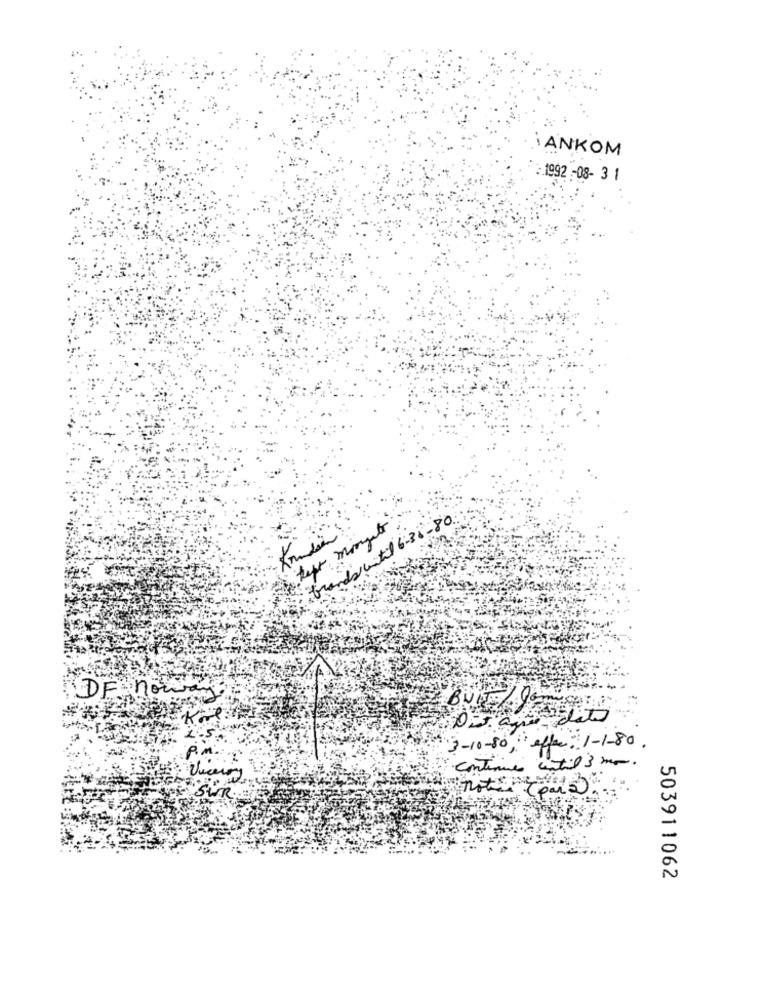
ANKOM
: 1992 -08- 3 1
Grandsuitil 6-36 -80
tepr mingle
DF noway
3-10-80, " affer: 1-1-80.
:P.M.
continue until 3 mm.
SUR .:
503911062